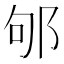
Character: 邭